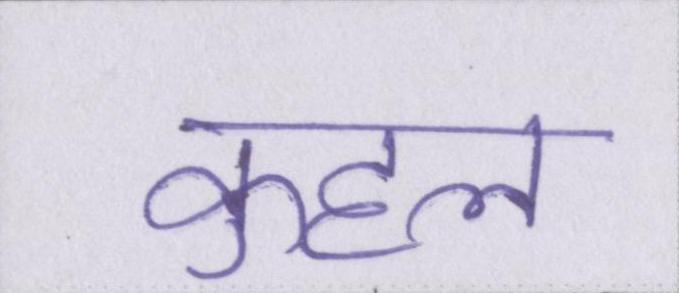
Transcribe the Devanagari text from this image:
कुहल